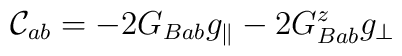
{\cal C}_{ab}=-2G_{Bab}g_{\parallel}-2G_{Bab}^zg_{\perp}